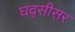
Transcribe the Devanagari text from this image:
घद्सीसर